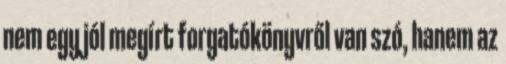
nem egy jól megírt forgatókönyvről van szó, hanem az